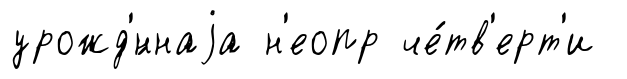
урожд'́ннаjа н'еопр че́тв'ерт'и